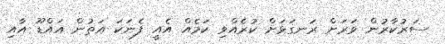
ސަރުކާރުން ވަރަށް ރަނގަޅަށް ކުރެއްވި ކަމެއްް އެއީ ފެނަކަ އަތުން އައްޑޫ އާއި